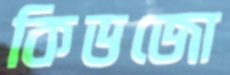
কিডজো